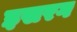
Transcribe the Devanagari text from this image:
इसरग